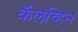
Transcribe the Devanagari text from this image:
कॅलव्हिन